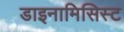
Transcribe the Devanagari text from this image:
डाइनामिसिस्ट